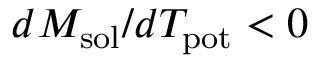
d M _ { \mathrm { s o l } } / d T _ { \mathrm { p o t } } < 0